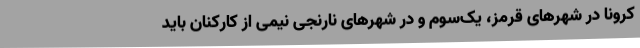
کرونا در شهرهای قرمز، یک‌سوم و در شهرهای نارنجی نیمی از کارکنان باید